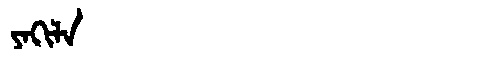
Manchu: ᠶᠠᡴᡳᠯᠠ
Romanization: YAKILA